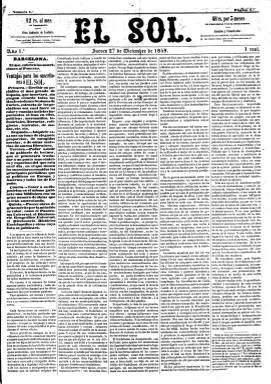
Título: El Sol (Barcelona)
Colección: Periódicos
Ámbito geográfico: Barcelona
Lugar de publicación: Barcelona
Fechas: 27/12/1849-21/07/1852

A partir del 27 de diciembre de 1849 comienza a publicarse este diario como continuación del también diario Fomento (1845-1849), que había sacado su último número dos días antes, y que a su vez había sido producto de la fusión de los asimismo diarios La Verdad (1843-1844) y El Imparcial (1842-1844), habiendo sido este último sucesor de El Guardia nacional (1835). Todos estos periódicos estuvieron adscritos al moderantismo político barcelonés, situándose El Sol en el campo progubernamental.

El propio diario indica cuando aparece que es el “más grande de España”, al referirse a su formato, que lo es en gran folio, aunque después lo reducirá, siendo compuesto al principio a cinco columnas y después a cuatro, con entregas de cuatro páginas. Aparece indicado igualmente como editor responsable el impresor Josep Devesa i Pujadas, que ya lo venía siendo desde El Imparcial, y que a partir del 18 de marzo de 1850 es sustituido en este cargo por el también tipógrafo Narcís Ramírez Rialp.

Será un periódico de “orden” a la vez que “tolerante”, que contribuirá –señala en su presentación- al desarrollo de la industria y el comercio y a la ilustración a través del progreso de las ciencias y las artes.

Inicia cada entrega con artículos de fondo, es decir, el editorial de los diarios de la época, y tendrá secciones como Prensa barcelonesa (en la que dará cuenta y comentará lo publicado por esta y mantendrá una polémica con el director de Diario de Barcelona), Correo de España, Correo del extranjero, Cortes, Correspondencia, Gacetilla, Parte oficial, Miscelánea, Parte comercial o Diversiones, dejando para la cuarta plana la inserción de un buen número de anuncios comerciales. Contó con imprenta propia.

Publica el número 986 y último el 21 de julio de 1852, y se hace cargo de sus suscripciones Diario de Cataluña (1852-1853), que aparece en su lugar, manteniendo su adscripción al moderantismo conservador barcelonés.